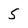
Character: 5